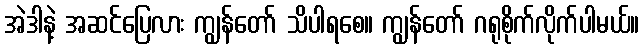
အဲဒါနဲ့ အဆင်ပြေလား ကျွန်တော် သိပါရစေ။ ကျွန်တော် ဂရုစိုက်လိုက်ပါမယ်။